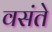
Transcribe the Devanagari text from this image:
वसंते